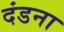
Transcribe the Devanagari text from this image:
दंडना